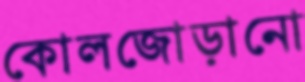
কোলজোড়ানো